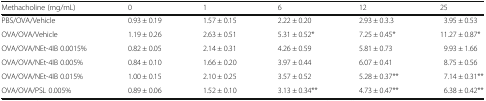
| Methacholine (mg/mL) | 0 | 1 | 6 | 12 | 25 |
 | --- | --- | --- | --- | --- | --- |
 | PBS/OVA/Vehicle | 0.93 ± 0.19 | 1.57 ± 0.15 | 2.22 ± 0.20 | 2.93 ± 0.3.3 | 3.95 ± 0.53 |
 | OVA/OVA/Vehicle | 1.19 ± 0.26 | 2.63 ± 0.51 | 5.31 ± 0.52* | 7.25 ± 0.45* | 11.27 ± 0.87* |
 | OVA/OVA/NEt-4IB 0.0015% | 0.82 ± 0.05 | 2.14 ± 0.31 | 4.26 ± 0.59 | 5.81 ± 0.73 | 9.93 ± 1.66 |
 | OVA/OVA/NEt-4IB 0.005% | 0.84 ± 0.10 | 1.66 ± 0.20 | 3.97 ± 0.44 | 6.07 ± 0.41 | 8.75 ± 0.56 |
 | OVA/OVA/NEt-4IB 0.015% | 1.00 ± 0.15 | 2.10 ± 0.25 | 3.57 ± 0.52 | 5.28 ± 0.37** | 7.14 ± 0.31** |
 | OVA/OVA/PSL 0.005% | 0.89 ± 0.06 | 1.52 ± 0.10 | 3.13 ± 0.34** | 4.73 ± 0.47** | 6.38 ± 0.42** |